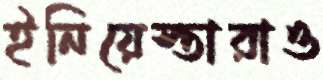
ইনিয়েস্তারাও